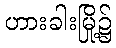
ဟားခါးမြို့၌